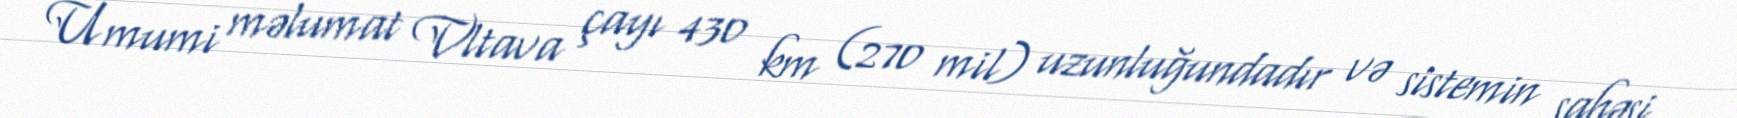
Ümumi məlumat Vltava çayı 430 km (270 mil) uzunluğundadır və sistemin sahəsi